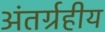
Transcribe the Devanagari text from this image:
अंतर्ग्रहीय